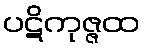
ပဋိကုဇ္ဇထ